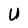
Character: U